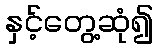
နှင့်တွေ့ဆုံ၍